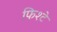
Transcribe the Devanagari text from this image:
फिश्टे